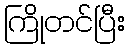
ကြိုတင်ပြီး